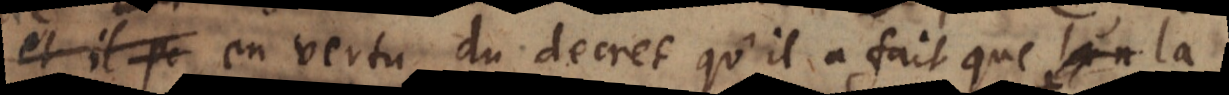
De plus en vertu du decret qu’il a fait que la